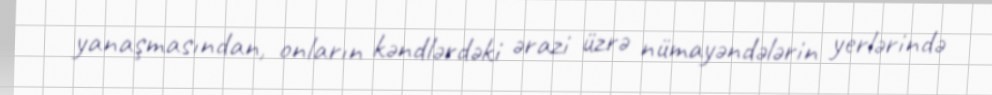
yanaşmasından, onların kəndlərdəki ərazi üzrə nümayəndələrin yerlərində